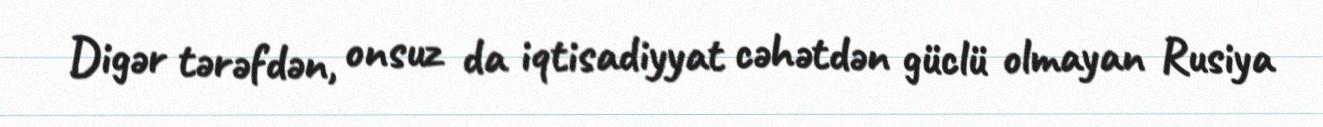
Digər tərəfdən, onsuz da iqtisadiyyat cəhətdən güclü olmayan Rusiya